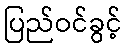
ပြည်ဝင်ခွင့်